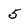
Character: 5